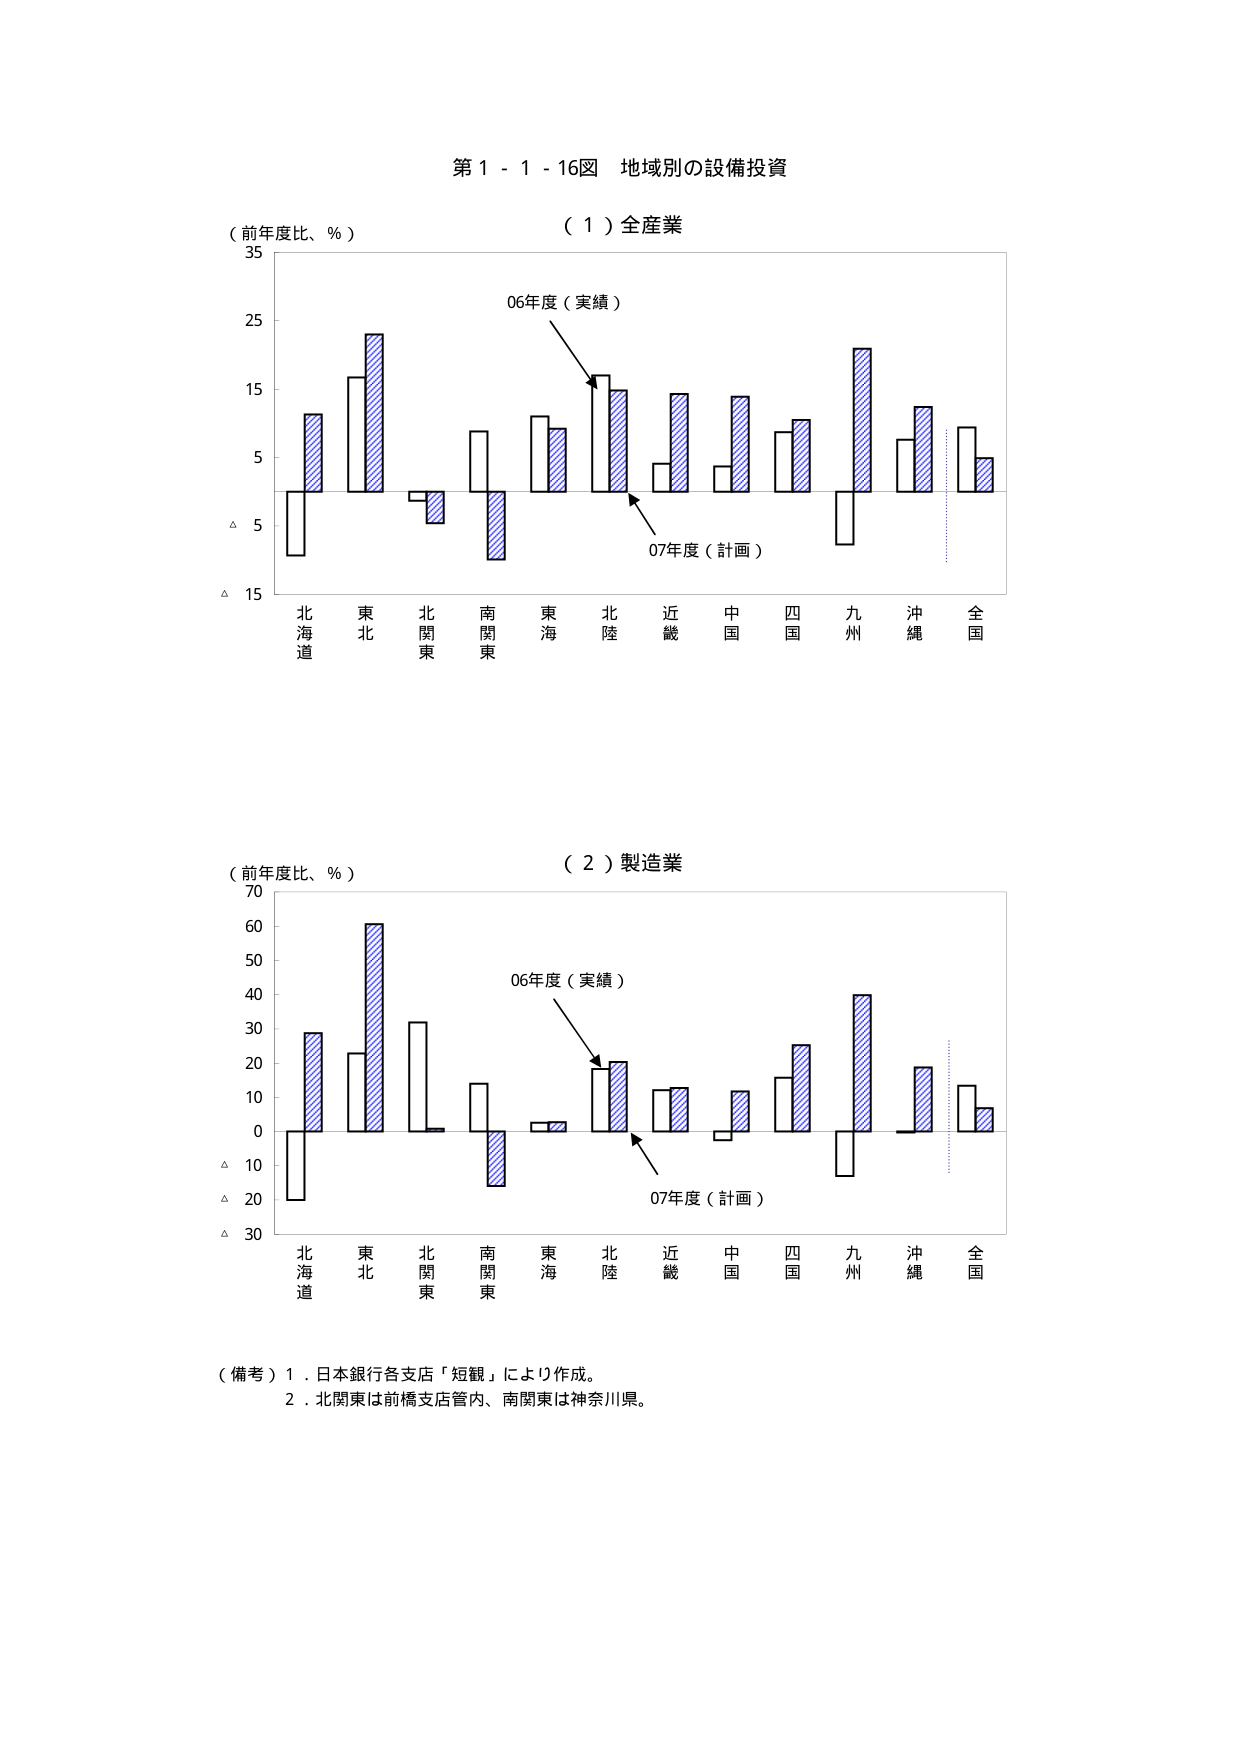
第１－１－１６図 地域別の設備投資

（１）全産業
（前年度比、％）
35
25
15
5
△ 5
△ 15
北海道 東北 北関東 南関東 東海 北陸 近畿 中国 四国 九州 沖縄 全国
06年度（実績）
07年度（計画）

（２）製造業
（前年度比、％）
70
60
50
40
30
20
10
0
△ 10
△ 20
△ 30
北海道 東北 北関東 南関東 東海 北陸 近畿 中国 四国 九州 沖縄 全国
06年度（実績）
07年度（計画）

（備考）１．日本銀行各支店「短観」により作成。
　　　２．北関東は前橋支店管内、南関東は神奈川県。